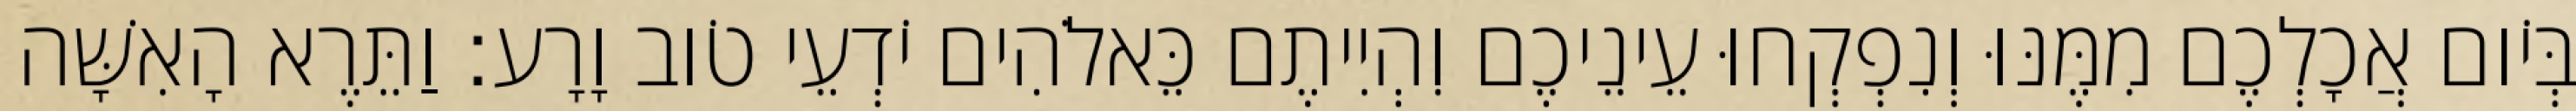
בְּיֹום אֲכָלְכֶם מִמֶּנּוּ וְנִפְקְחוּ עֵינֵיכֶם וִהְיִיתֶם כֵּאלֹהִים יֹדְעֵי טֹוב וָרָע׃ וַתֵּרֶא הָאִשָּׁה